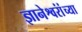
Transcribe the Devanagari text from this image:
ज्ञानेश्वरांंच्या